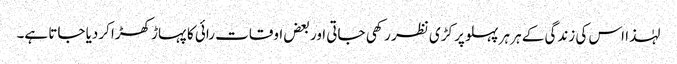
لہٰذا اس کی زندگی کے ہر ہر پہلو پر کڑی نظر رکھی جاتی اور بعض اوقات رائی کا پہاڑ کھڑا کردیا جاتا ہے۔